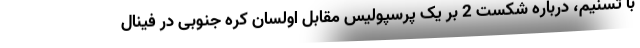
با تسنیم، درباره شکست 2 بر یک پرسپولیس مقابل اولسان کره جنوبی در فینال